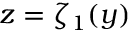
z = \zeta _ { 1 } ( y )